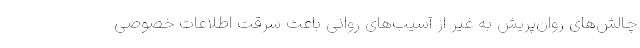
چالش‌های روان‌پریش به غیر از آسیب‌های روانی باعث سرقت اطلاعات خصوصی